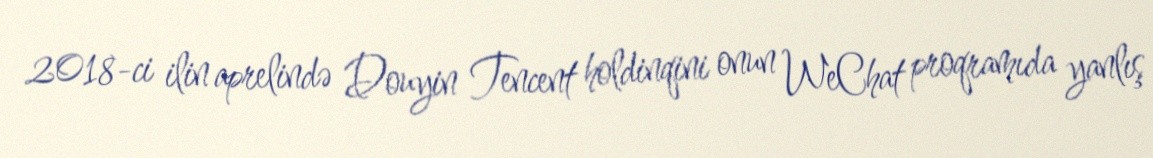
2018-ci ilin aprelində Douyin Tencent holdinqini onun WeChat proqramıda yanlış